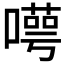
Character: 𠿸